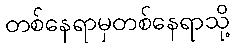
တစ်နေရာမှတစ်နေရာသို့